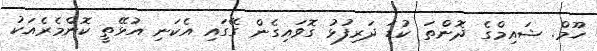
ހޫމް. ޝައިމްގެ ދޮންތަ ކުޑަ ދަރިފުޅު ގޮވައިގެން ގޭގައި އެކަނި އުޅޭތީ ކޮންމެރެއަކު